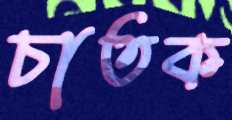
চাতক